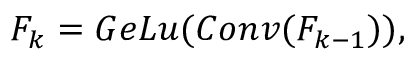
F _ { k } = G e L u ( C o n v ( F _ { k - 1 } ) ) ,